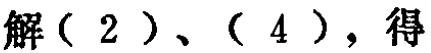
解（2）、（4），得